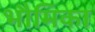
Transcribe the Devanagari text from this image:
भौमिका